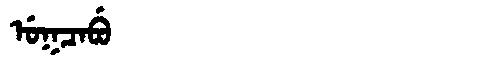
Manchu: ᡠᡴᠴᠠᠪᡠ
Romanization: UKCABU